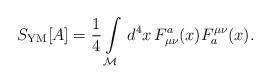
\begin{align*}S_{\rm YM}[A] = \frac{1}{4}\int\limits_{\cal M}\,d^4 x\,F^a_{\mu\nu}(x) F_a^{\mu\nu}(x).\end{align*}